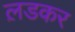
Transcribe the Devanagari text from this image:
ल़डकर